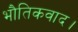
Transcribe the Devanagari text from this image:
भौतिकवाद।